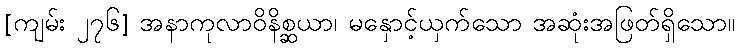
[ကျမ်း ၂၇၆] အနာကုလာဝိနိစ္ဆယာ၊ မနှောင့်ယှက်သော အဆုံးအဖြတ်ရှိသော။